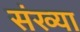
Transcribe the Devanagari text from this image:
संख्या